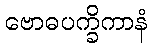
ဗောဓပက္ခိကာနံ